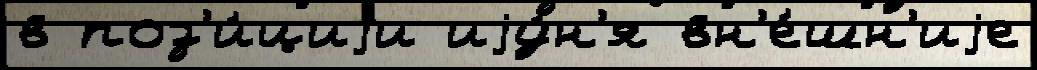
в поз'и́циjи иjу́н'я вн'е́шн'иjе